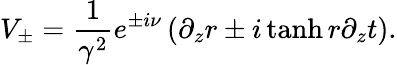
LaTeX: V_{\pm}=\frac{1}{\gamma^{2}}e^{\pm i\nu}\left(\partial_{z}r\pm i\operatorname{tanh}r\partial_{z}t\right).